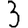
Digit: 3